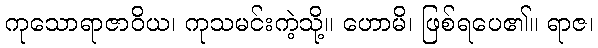
ကုသောရာဇာဝိယ၊ ကုသမင်းကဲ့သို့။ ဟောမိ၊ ဖြစ်ရပေ၏။ ရာဇ၊